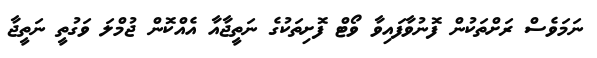
ނަމަވެސް ރަށްތަކުން ފޮނުވާފައިވާ ވޯޓް ފޮށިތަކުގެ ނަތީޖާއާ އެއްކޮން ޖުމްލަ ވަގުތީ ނަތީޖާ